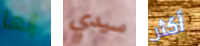
إنها سيدي أكثر